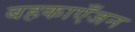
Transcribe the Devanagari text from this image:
बहकाएँजन